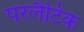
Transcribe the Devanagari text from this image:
परलैटिक